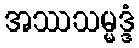
အဿသမ္မဒ္ဒံ